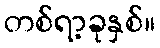
တစ်ရာ့ခုနှစ်။